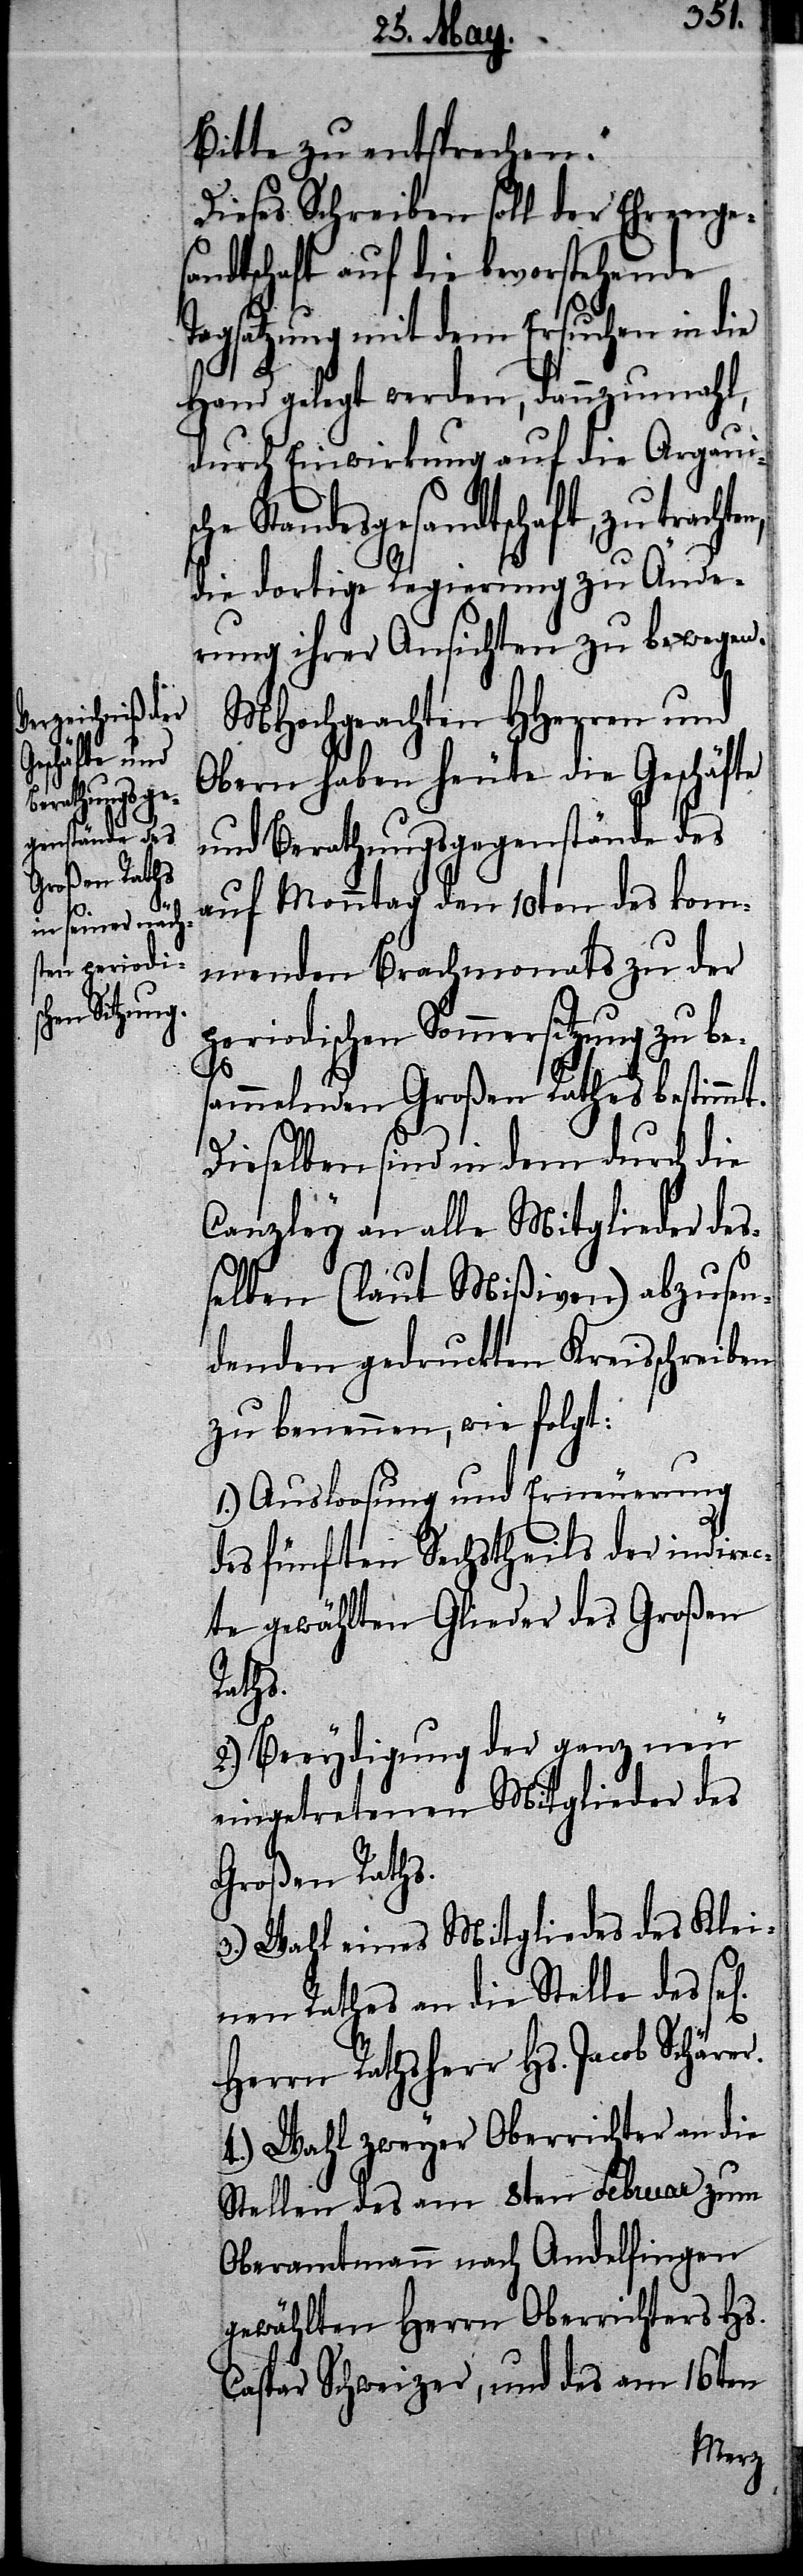
chten,

Bitte zu entsprechen.“
Dieses Schreiben soll der Ehrenges¬
andtschaft auf die bevorstehende
Tagsatzung mit dem Ersuchen in die
Hand gelegt werden, dannzumahl,
durch Einwirkung auf die Argauisch¬
e Standesgesandtschaft, zu tra¬
die dortige Regierung zu Ände¬
rung ihrer Ansichten zu bewegen.
MHochgeachten HHerren und
Obern haben heute die Geschäfte
und Berathungsgegenstände des
auf Monntag den 10ten des kom¬
menden Brachmonats zu der
periodischen Sommersitzung zu be¬
er.
sammelnden Großen Rathes bestimmt.
Dieselben sind in dem durch die
Canzley an alle Mitglieder des¬
selben (laut Mißiven) abzusen¬
denden gedruckten Kreisschreiben
zu benennen, wie folgt:
1.) Ausloosung und Erneuerung
des fünften Sechstheils der indirec¬
te gewählten Glieder des Großen
Raths.
2.) Beeydigung der ganz neu
eingetretenen Mitglieder des
Großen Raths.
3.) Wahl eines Mitgliedes des Klei¬
nen Rathes an die Stelle des
Herrn Rathsherr Hs. Jacob Schär¬
4.) Wahl zweyer Oberrichter an die
Stellen des am 8ten Februar zum
Oberamtmann nach Andelfingen
gewählten Herrn Oberrichters Hs.
Caspar Schweizer, und des am 16ten